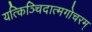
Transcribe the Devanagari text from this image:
यत्किञ्चिदात्मगोचरम्